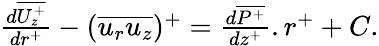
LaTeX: \begin{array}{r}{\frac{d\overline{{U_{z}^{+}}}}{dr^{+}}-(\overline{{u_{r}u_{z}}})^{+}=\frac{d\overline{{P^{+}}}}{dz^{+}}.r^{+}+C.}\end{array}